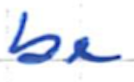
Text: be
Cross-out: clean
Writing tool: ballpoint